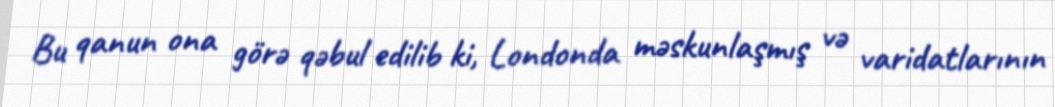
Bu qanun ona görə qəbul edilib ki, Londonda məskunlaşmış və varidatlarının